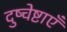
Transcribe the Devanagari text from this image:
दुष्चेष्टाएँ